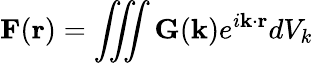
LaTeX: \mathbf{F}(\mathbf{r})=\iiint\mathbf{G}(\mathbf{k})e^{i\mathbf{k}\cdot\mathbf{r}}dV_{k}